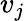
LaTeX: v_{j}